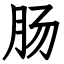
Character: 肠